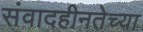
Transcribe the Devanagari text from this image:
संवादहीनतेच्या